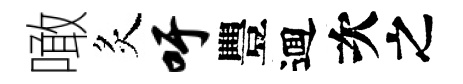
噉炙吁豐逥次之